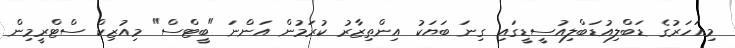
މިއަހަރުގެ ޑަބްލިއުޑަބްލިއުސީޑީގައި ގިނަ ބަޔަކު އިންތިޒާރު ކުރަމުން އަންނަ "ބީޓްސް" މިއުޒިކް ސްޓްރީމިން